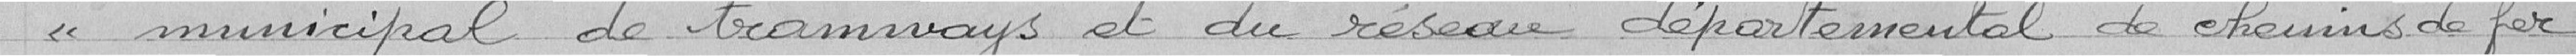
"municipal de tramways et du réseau départemental de chemins de fer